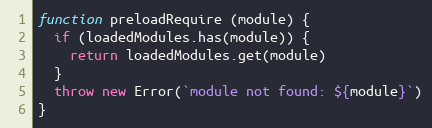
Language: JavaScript
function preloadRequire (module) {
  if (loadedModules.has(module)) {
    return loadedModules.get(module)
  }
  throw new Error(`module not found: ${module}`)
}